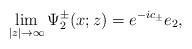
LaTeX: \begin{align*}\lim_{|z|\rightarrow\infty}\Psi^\pm_2(x;z)=e^{-ic_\pm}e_2,\end{align*}